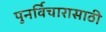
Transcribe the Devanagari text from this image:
पुनर्विचारासाठी